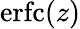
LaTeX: \operatorname{erfc}(z)